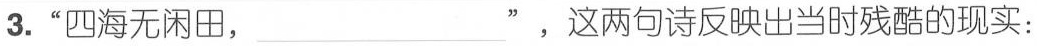
3.”四海无闲田，___”，这两句诗反映出当时残酷的现实：